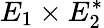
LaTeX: E_{1}\times E_{2}^{*}